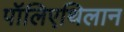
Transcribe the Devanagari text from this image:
पॉलिएथिलान